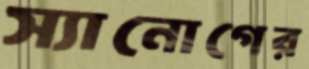
স্যানোগের